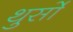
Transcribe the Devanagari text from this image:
थुर्सो